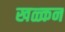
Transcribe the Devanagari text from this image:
खळ्कन